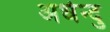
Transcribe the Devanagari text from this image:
अर्धेन्दु